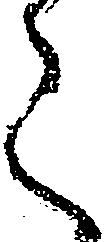
く